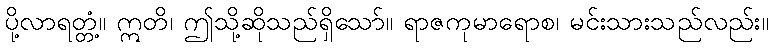
ပို့လာရတ္တံ့။ ဣတိ၊ ဤသို့ဆိုသည်ရှိသော်။ ရာဇကုမာရောစ၊ မင်းသားသည်လည်း။